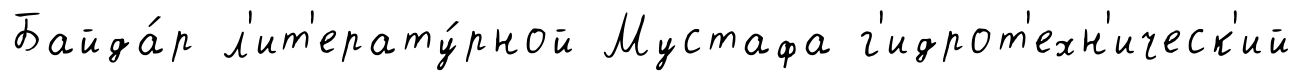
Байда́р л'ит'ерату́рной Мустафа г'идрот'ехн'ическ'ий